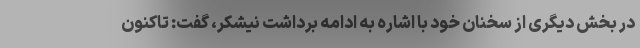
در بخش دیگری از سخنان خود با اشاره به ادامه برداشت نیشکر، گفت: تاکنون